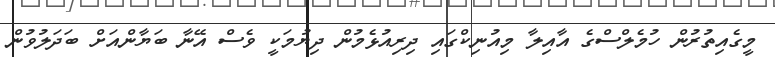
މީގެއިތުރުން ހުމެލްސްގެ އާއިލާ މިއުނިކްގައި ދިރިއުޅެމުން ދިޔުމަކީ ވެސް އޭނާ ބަޔާންއަށް ބަދަލުވުން